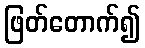
ဖြတ်တောက်၍